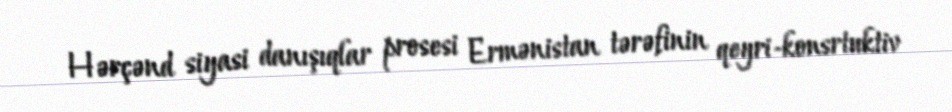
Hərçənd siyasi danışıqlar prosesi Ermənistan tərəfinin qeyri-konsrtuktiv